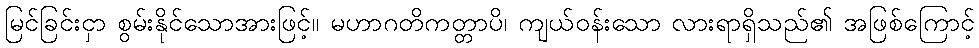
မြင်ခြင်းငှာ စွမ်းနိုင်သောအားဖြင့်။ မဟာဂတိကတ္တာပိ၊ ကျယ်ဝန်းသော လားရာရှိသည်၏ အဖြစ်ကြောင့်